Vaccination North-Western Provinces and Oudh 1896-1901 - 1896-1901
Year: 1896
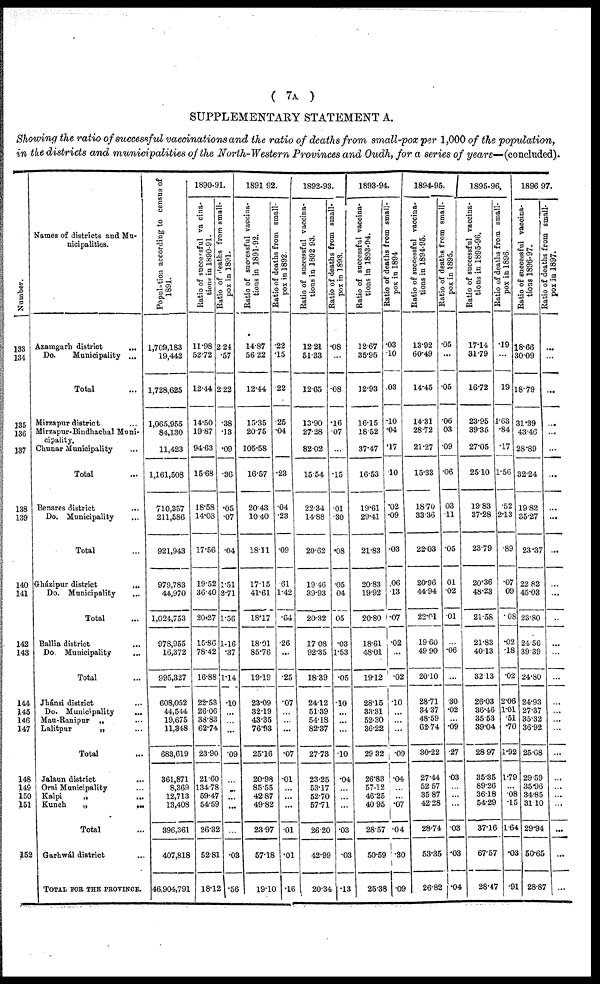
( 7A )
SUPPLEMENTARY STATEMENT A.
Showing the ratio of successful vaccinations and the ratio of deaths from small-pox per 1,000 of the population,
in the districts and municipalities of the North-Western Provinces and Oudh, for a series of years—(concluded).
Number.
133
134
135
136
137
138
139
140
141
142
143
144
145
146
147
148
149
150
151
152
Names of districts and Mu-
nicipalities.
Azamgarh district ...
Do.
Municipality ...
Total ...
Mirzapur district ...
Mirzapur-Bindhachal Muni-
cipality.
Chunar Municipality ...
Total ...
Benares district ...
Do. Municipality ...
Total ...
Gházipur district ...
Do. Municipality ...
Total ...
Ballia district ...
Do. Municipality
...
Total ...
Jhánsi district ...
Do. Municipality
...
Mau-Ranipur „ ...
Lalitpur
„ ...
Total ...
Jalaun district
...
Orai Municipality ...
Kalpi
„ ...
Kunch
„ ...
Total ...
Garhwál district ...
TOTAL FOR THE PROVINCE.
Population according to census of
1891.
1,709,183
19,442
1,728,625
1,065,955
84,130
11,423
1,161,508
710,357
211,586
921,943
979,783
44,970
1,024,753
978,955
16,372
995,327
608,052
44,544
19,675
11,348
683,619
361,871
8,369
12,713
13,408
396,361
407,818
46,904,791
1890-91.
Ratio of successful vacina-
tions in 1890-91.
11.98
52.72
12.44
14.50
19.87
94.63
15.68
18.58
14.08
17.56
19.52
36.40
20.27
15.86
78.42
16.88
22.53
26.06
38.83
62.74
23.90
21.60
134.78
59.47
54.59
26.32
52.81
18.12
Ratio of deaths from small-
pox in 1891.
2.24
.57
2.22
.38
.13
.09
.36
.05
.07
.04
1.51
2.71
1.56
1.16
.37
1.14
.10
...
...
...
.09
...
...
...
...
...
.03
.56
1891 92.
Ratio of successful vaccina-
tions in 1891-92.
14.87
56.22
12.44
15.35
20.75
105.58
16.57
20.43
10.40
18.11
17.15
41.61
18.17
18.01
85.76
19.19
23.09
32.19
43.35
76.93
25.16
20.98
85.55
42.87
49.82
23.97
57.18
19.10
Ratio of deaths from small-
pox in 1892.
.22
.15
.22
.25
.04
...
.23
.04
.23
.09
.61
1.42
.64
.26
...
.25
.07
...
...
...
.07
.01
...
...
...
.01
.01
.16
1892-93.
Ratio of successful vaccina-
tions in 1892 93.
12.21
51.33
12.65
13.90
27.28
82.02
15.54
22.34
14.88
20.62
19.46
39.93
20.32
17.08
92.35
18.39
24.12
51.39
54.18
82.37
27.73
23.25
53.17
52.70
57.71
26.20
42.99
20.34
Ratio of deaths from small-
pox in 1893.
.08
...
.08
.16
.07
...
.15
.01
.30
.08
.05
04
05
.03
1.53
.05
.10
...
...
...
.10
.04
...
...
...
.03
.03
.13
1893-94.
Ratio of successful vaccina-
tions in 1893-94.
12.67
35.96
12.93
16.15
18.52
37.47
16.53
19.61
29.41
21.83
20.83
19.92
20.80
18.61
48.01
19.12
28.15
33.31
52.30
36.22
29.32
26.83
57.12
46.25
40.95
28.57
50.59
25.38
Ratio of deaths from small-
pox in 1894
.03
.10
.03
.10
.04
.17
.10
.02
.09
.03
.06
.13
.07
.02
...
.02
.10
...
...
...
.09
.04
...
...
.07
.04
.30
.09
1894-95.
Ratio of successful vaccina-
tions in 1894-95.
13.92
60.49
14.45
14.31
28.72
21.27
15.33
18.70
33.36
22.03
20.96
44.94
22.01
19.60
49.90
20.10
28.71
34.37
46.59
62.74
30.22
27.44
52.57
35.87
42.28
28.74
53.35
26.82
Ratio of deaths from small-
pox in 1895.
.05
...
.05
.06
03
.09
.06
03
.11
.05
01
.02
.01
...
.06
...
.30
.02
...
.09
.27
.03
...
...
...
.03
.03
.04
1895-96,
Ratio of successful vaccina-
tions in 1895-96.
17.14
31.79
16.72
23.95
39.35
27.05
25.10
19.83
37.28
23.79
20.36
48.23
21.58
21.83
40.13
32.13
26.03
36.46
35.53
39.04
28.97
35.35
89.26
36.18
54.29
37.16
67.57
28.47
Ratio of deaths from small-
pox in 1896.
.19
...
.19
1.63
.84
.17
1.56
.52
2.13
.89
.07
09
.08
.02
.18
.02
2.06
1.01
.51
.70
1.92
1.79
...
.08
.15
1.64
.03
.91
1896 97.
Ratio of successful vaccina-
tions 1896-97.
18.66
30.09
18.79
31.39
43.46
28.89
32.24
19.82
35.27
23.37
22.82
45.03
23.80
24.56
39.39
24.80
24.93
27.37
35.32
36.92
25.68
29.59
35.96
34.85
31.10
29.94
50.65
28.87
Ratio of deaths from small-
pox
in
1897.
...
...
...
...
...
...
...
...
...
...
...
...
...
...
...
...
...
...
...
...
...
...
...
...
...
...
...
...